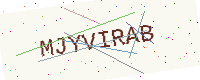
Text: MJYVIRAB